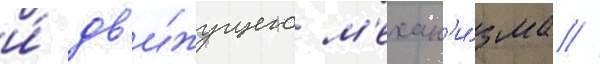
и́ дв'и́жущего м'ехан'и́зма //